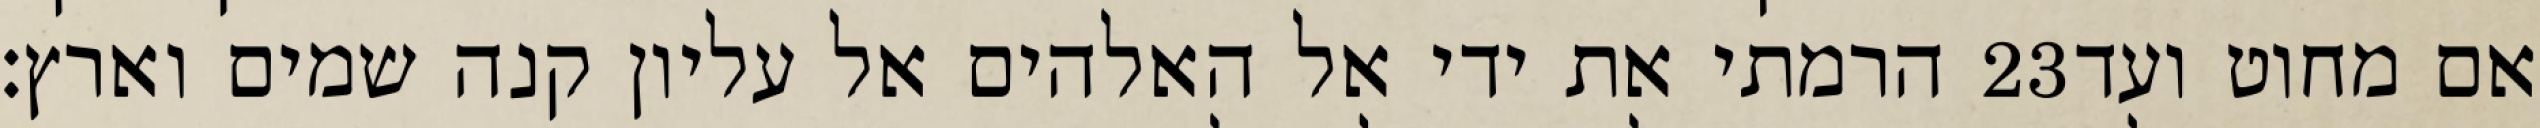
הרמתי את ידי אל האלהים אל עליון קנה שמים וארץ׃ ‎23‏ אם מחוט ועד